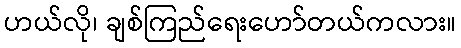
ဟယ်လို၊ ချစ်ကြည်ရေးဟော်တယ်ကလား။